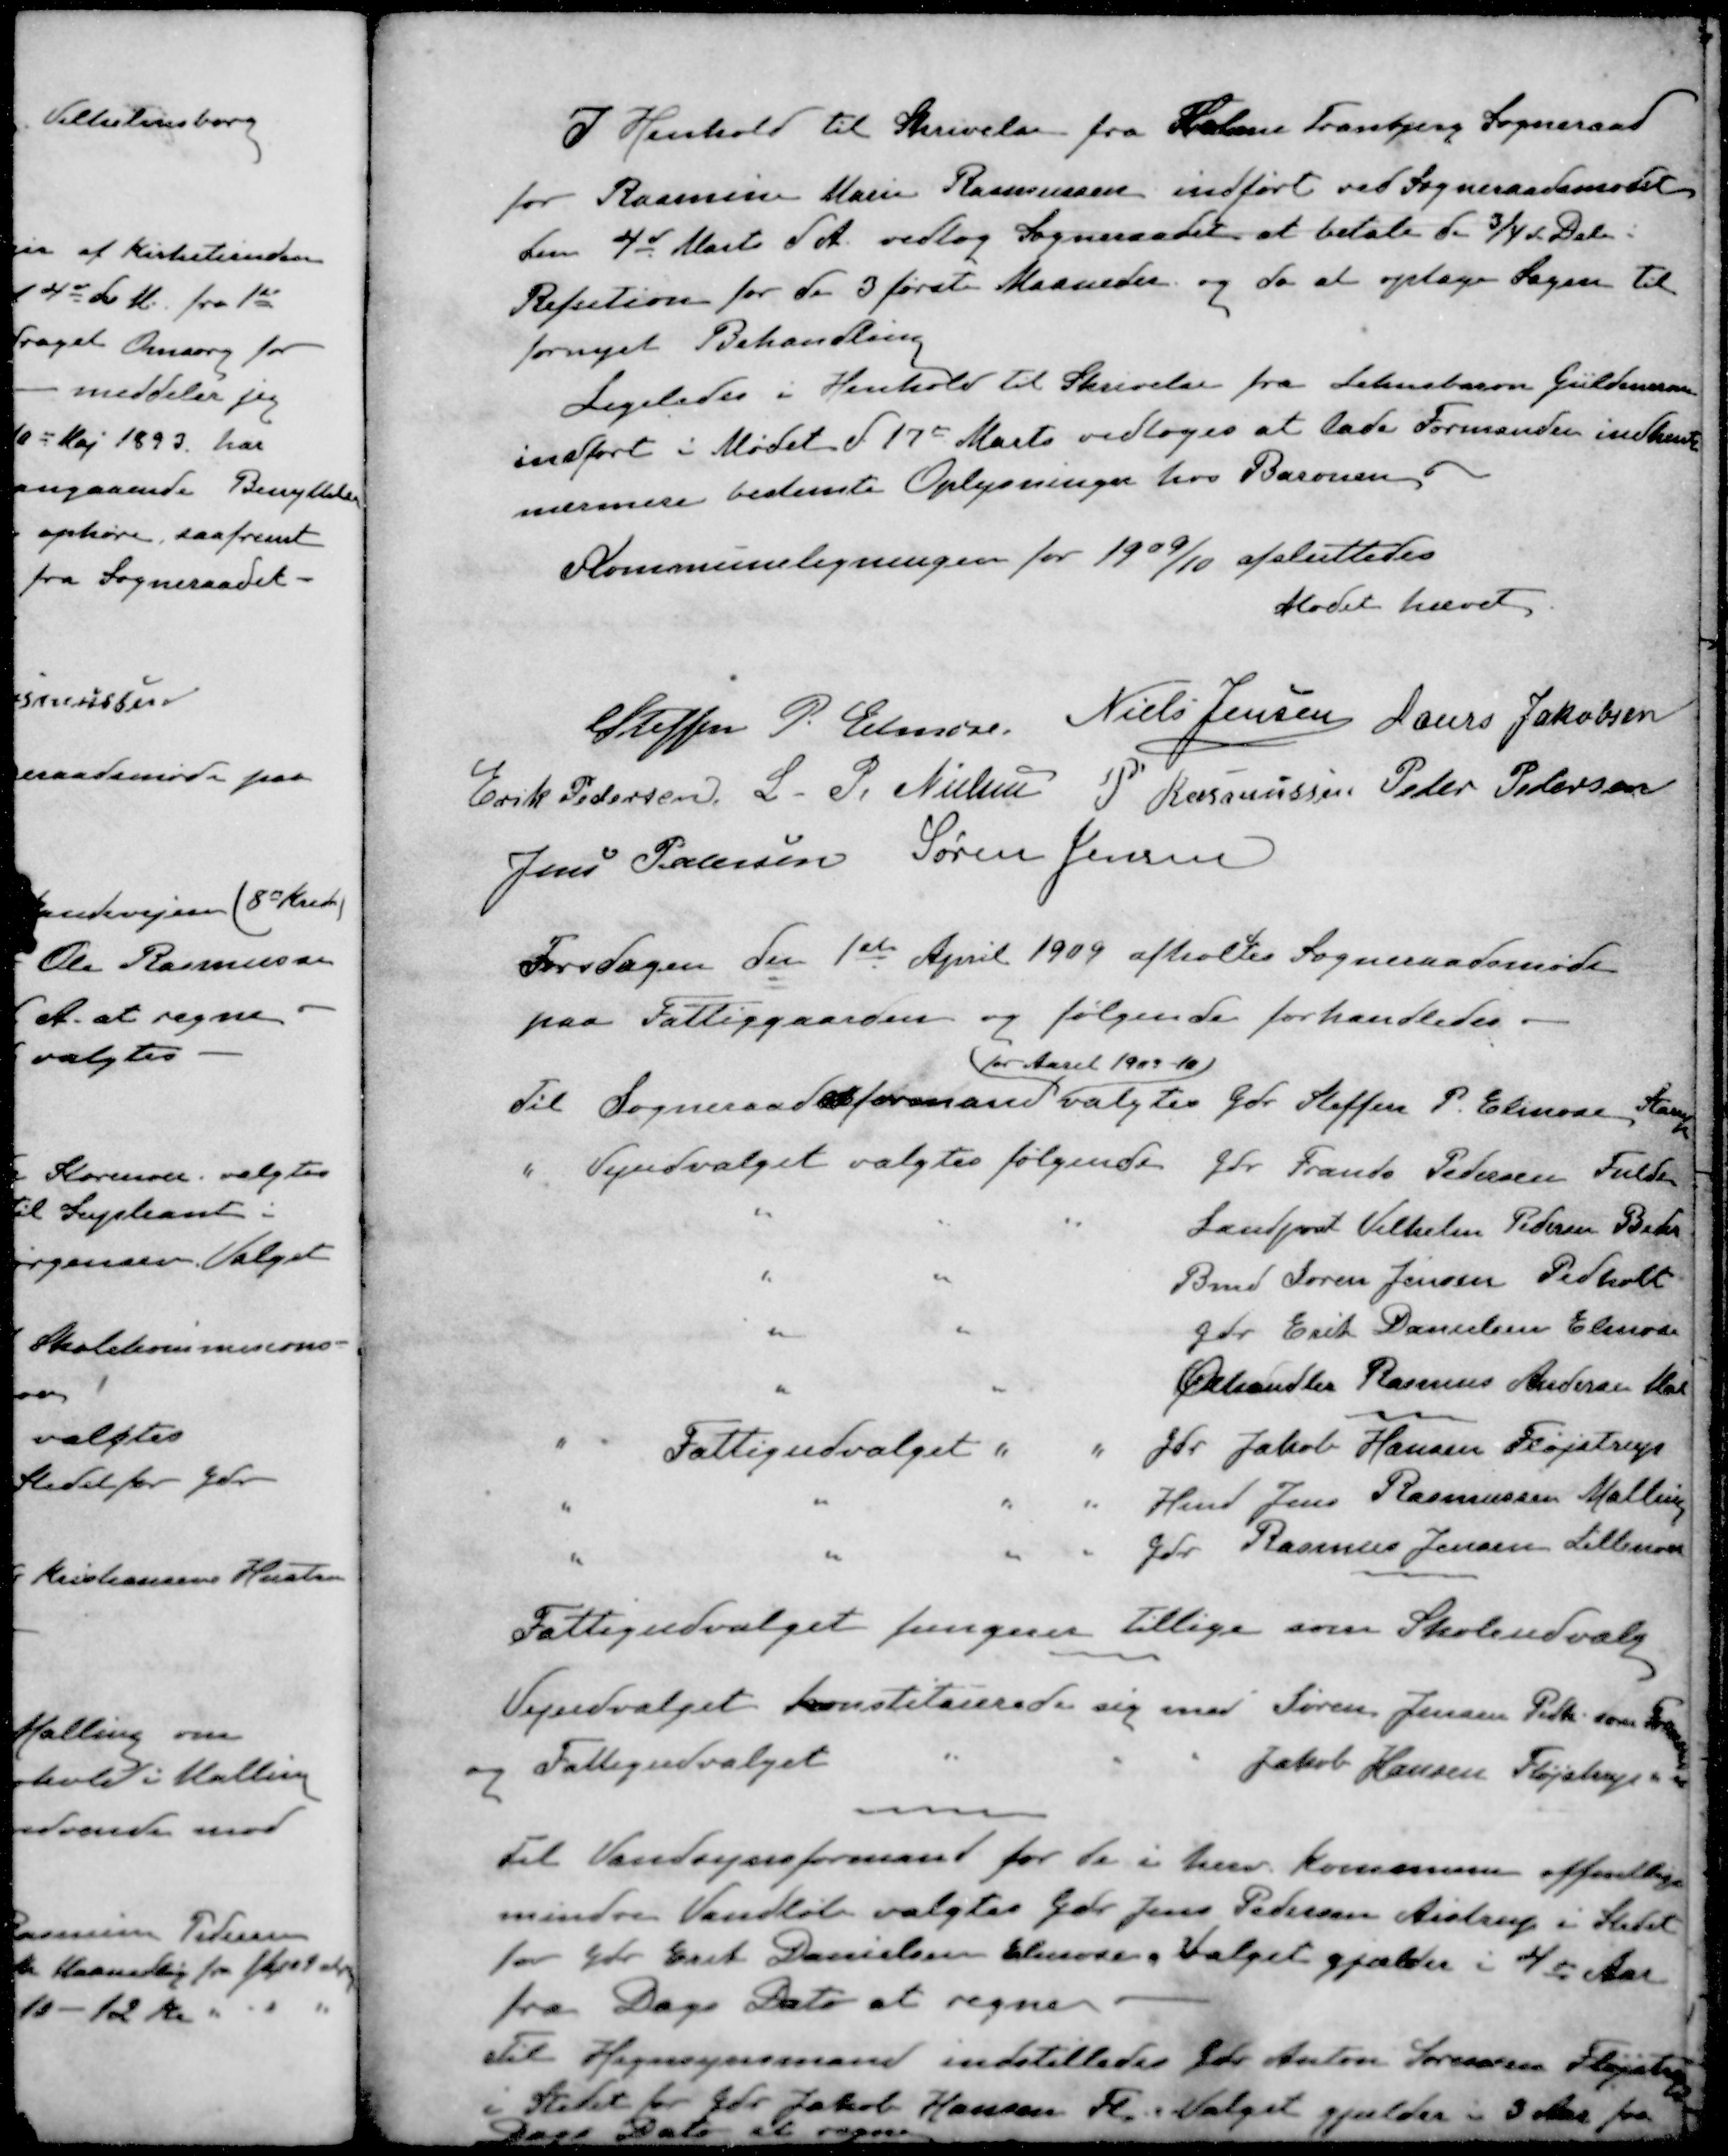
Transskription:
I Henhold til Skrivelse fra Holme Tranbjerg Sogneraad
for Rasmine Marie Rasmussen indført ved Sogneraadsmødet
den 4de Marts d. A. vedtog Sogneraadet at betale d. 3/4 Dele i
Refution for de 3 første Maaneder og da at optage Sagen til
fornyet Behandling
Ligeledes i Henhold til Skrivelse fra Lehnsbaron Guldencrone
indført i Mødet d. 17de Marts vedtoges at lade Formanden indhente
nærmere bestemte Oplysninger hos Baronen.
Kommuneligningen for 1909/10 afsluttedes
Mødet hævet
Steffen P. Elmose
Niels Jensen
Laurs Jakobsen
Erik Pedersen
L. P. Nielsen
P Rasmussen
Peder Pedersen
Jens Pedersen
Søren Jensen
Torsdagen den 1ste April 1909 afholdtes Sogneraadsmøde
paa Fattiggaarden og følgende forhandledes.
for Aaret 1909 - 10)
Til Sogneraadsformand valgtes Gdr. Steffen P. Elmose, Starup
" Vejudvalget valgtes følgende Gdr. Frands Pedersen Fulden
Landpost Vilhelm Pedersen Beder
Bmd Søren Jensen Pedholt
Gdr Erik Danielsen Elmose
Ølhandler Rasmus Andersen Mal
" Fattigudvalget " " Gdr Jakob Hansen Fløjstrup
Hmd Jens Rasmussen Malling
Gdr Rasmus Jensen Lillenor
Fattigudvalget fungerer tillige som Skoleudvalg
Vejudvalget konstituerede sig med Søren Jensen Pedh. som Formand
og Fattigudvalget " " "Jakob Hansen Fløjstrup "
Til Vandsynsformand for de i herv. Kommune offentlige
mindre Vandløb valgtes Gdr Jens Pedersen Aistrup i Stedet
for Gdr Erik Danielsen Elmose, Valget gjælder i 4 d Aar
fra Dags Dato at regne.
Til Hegnsynsmand indstilledes Gdr Anton Sørensen Fløjstrup
i Stedet for Gdr Jakob Hansen Fl. Valget gjælder i 3 Aar fra
Dags Dato at regne